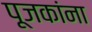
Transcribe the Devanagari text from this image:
पूजकांना